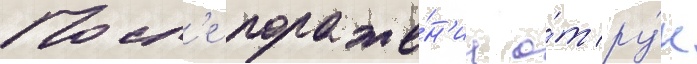
Посл'е пораже́н'иа о́т ру́к